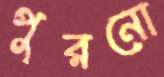
পুরনো